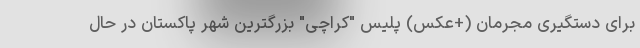
برای دستگیری مجرمان (+عکس) پلیس "کراچی" بزرگترین شهر پاکستان در حال